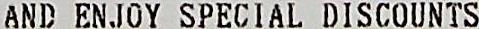
AND ENJOY SPECIAL DISCOUNTS